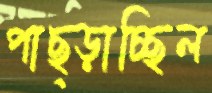
পাছ্‌ড়াচ্ছিল